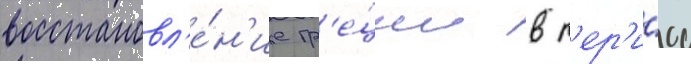
восстановл'е́н'ие гр'е́ции в п'ер'и́од